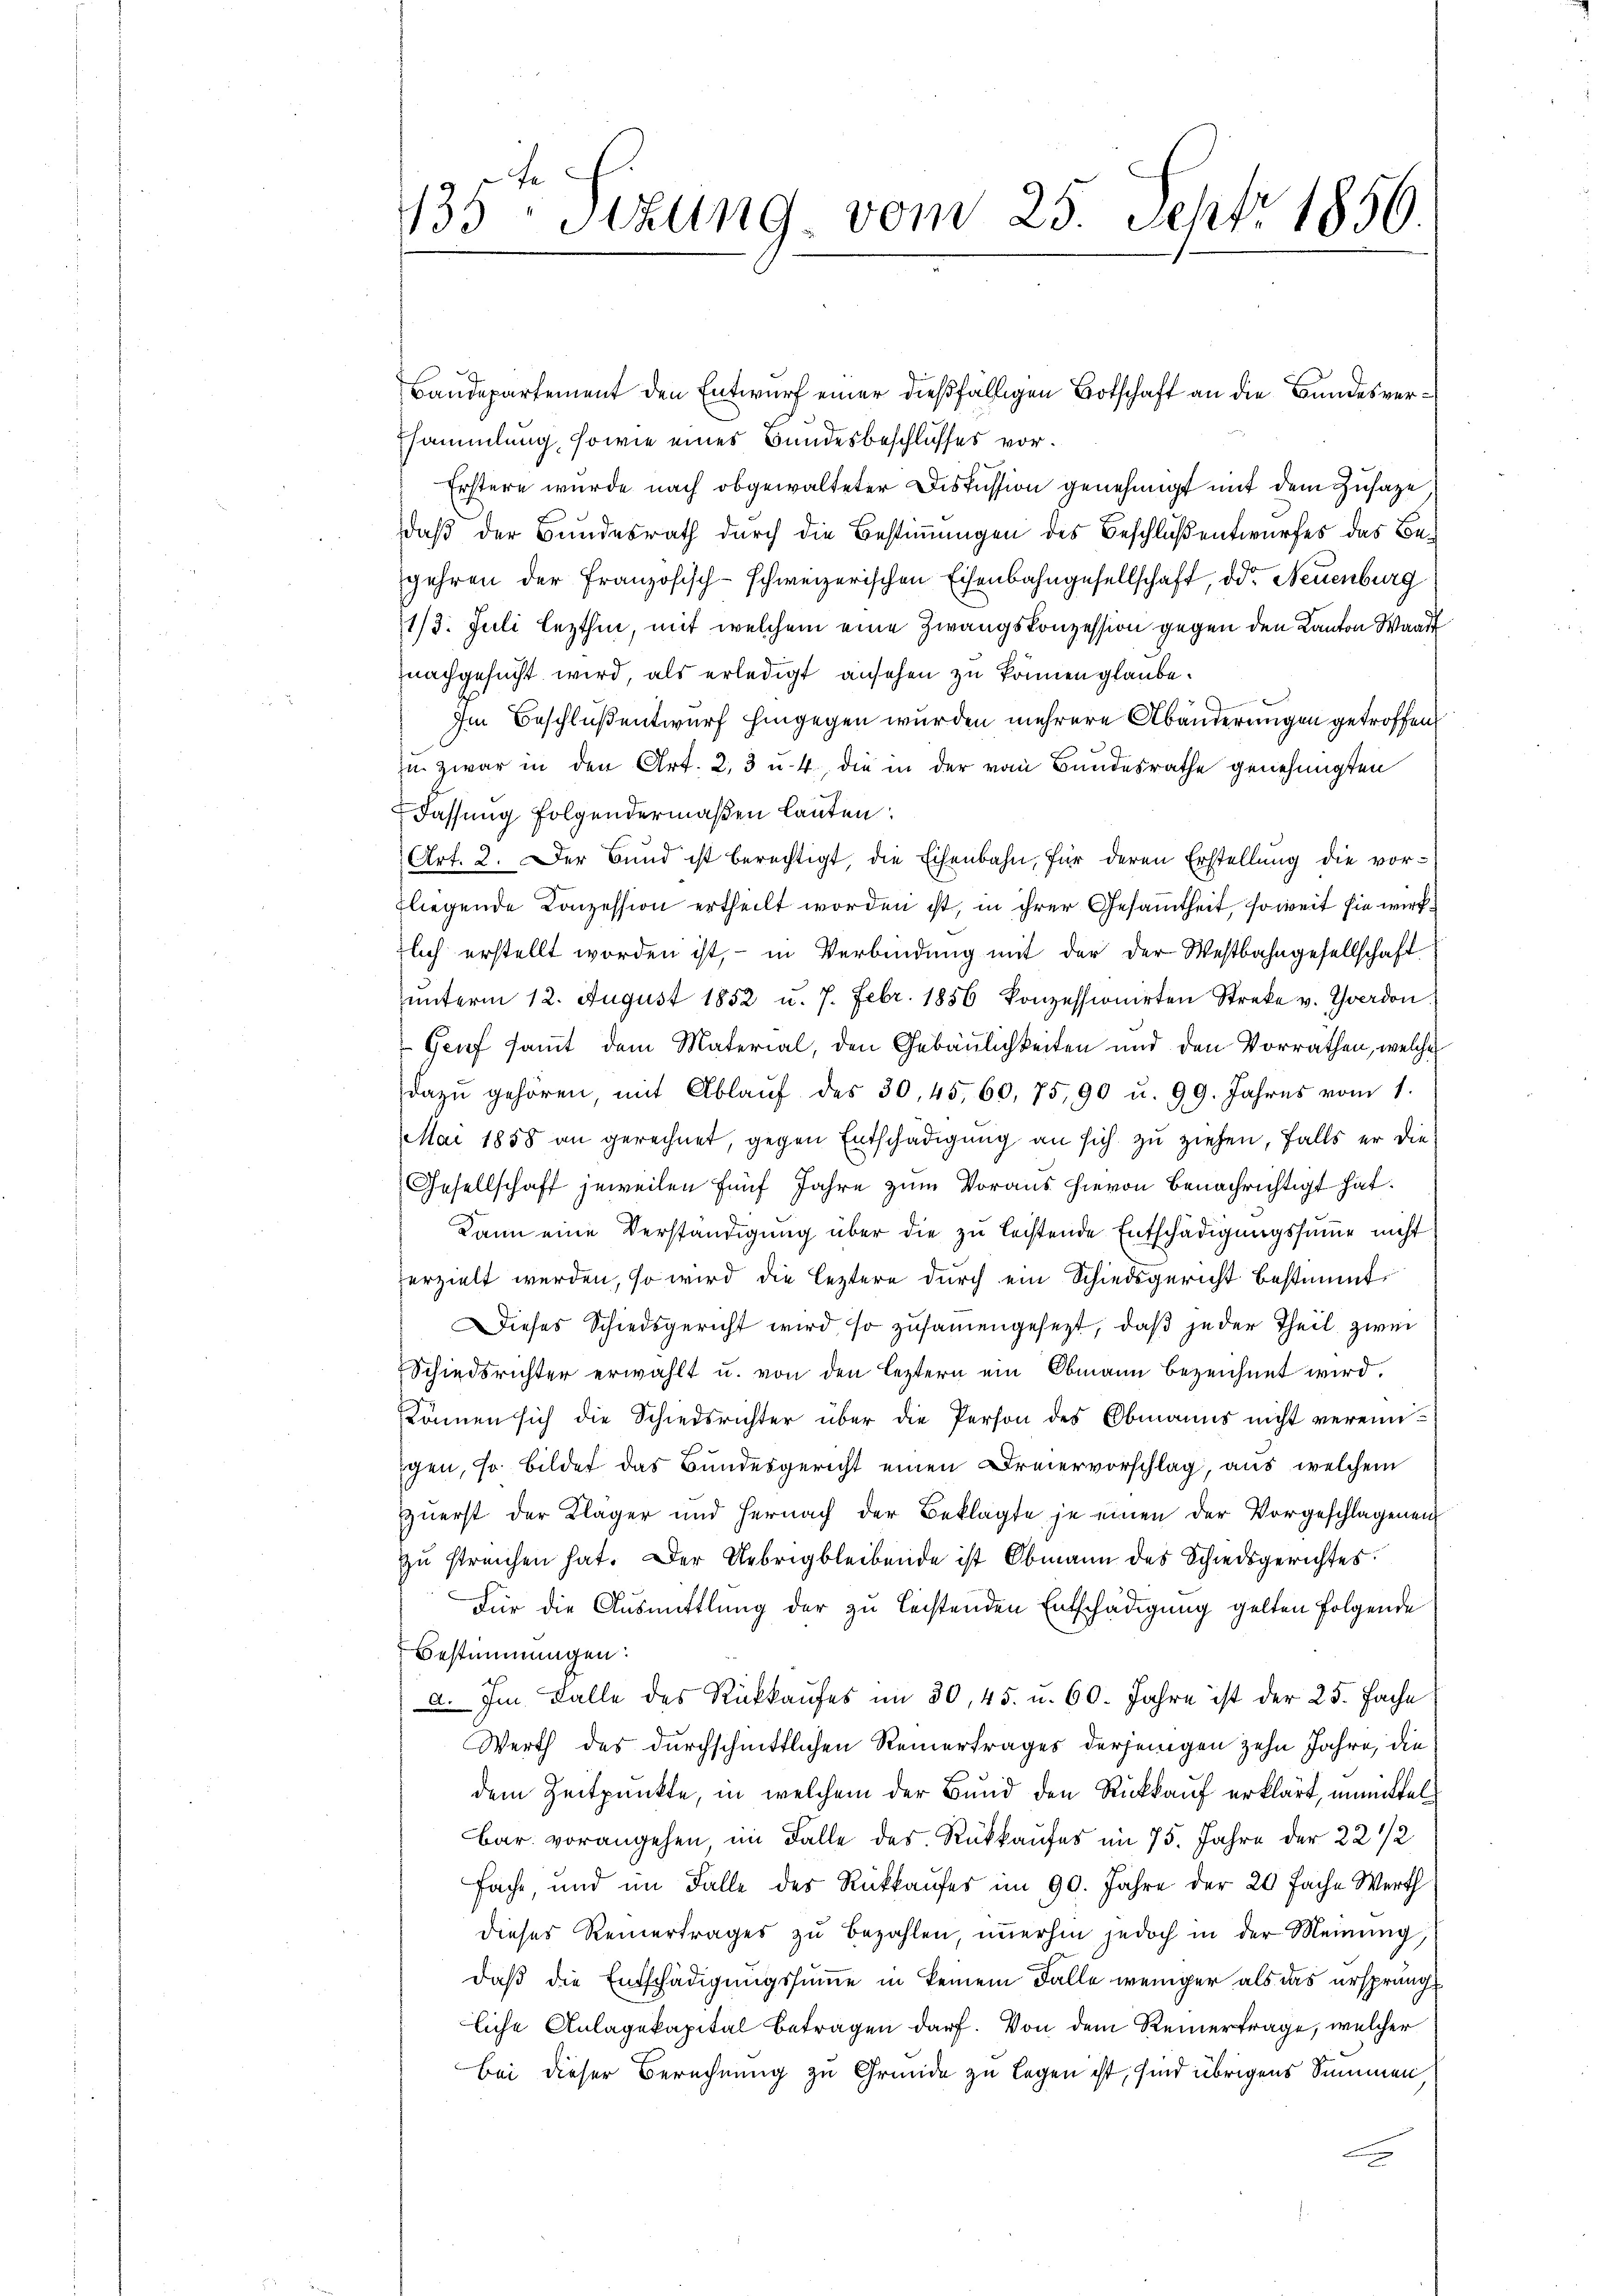
135 Stzung, vom 25. Sept 1856.

Baudepartement den Entwurf einer dießfälligen Botschaft an die Bundesversammlung, sowie eines Bundesbeschlusses vor.
Erstere wurde nach obgewalteter Diskussion genehmigt mit dem Zusage
daß der Bundesrath durch die Bestimmungen des Beschluß entwurfes das Begehren der Französisch-schweizerischen Eisenbahngesellschaft, oder Neuenburg
1/3. Juli lezthin, mit welchem eine Zwangskonzession gegen den Kanton Waadt
nachgesucht wird, als erledigt ansehen zu können glaube.
Im Beschluß entwurf hingegen wurden mehrere Abänderungen getroffen,
zu zwar in den Art. 2, 3 u. 4, die in der vom Bundesrathe genehmigten
Fassung folgendermaßen lauten:
Art. 2. Der Bund ist berechtigt, die Eisenbahn, für deren Erstellung die vor-
fliegende Conzession ertheilt worden ist, in ihrer Gesamtheit, so weit sie wirk
tlich erstellt worden ist, – in Verbindung mit der der Westbahngesellschaft
unterm 12. August 1852 u. 7. Febr. 1856 konzessionirten Streke v. Yverdon
Geif sammt dem Material, den Gebäulichkeiten und den Vorräthen, welche
dazŭ gehören, mit Ablaŭf des 30, 45, 60, 75, 90 u. 99. Jahres vom 1.
Mai 1858 an gerechnet, gegen Entschädigung an sich zu ziehen, falls er die
Gesellschaft jeweilen fünf Jahre zum Voraus hievon benachrichtigt hat.
Kann eine Verständigung über die zu leistende Entschädigungssumme nicht
zerzielt werden, so wird die leztere durch ein Schiedsgericht bestimmt,
Dieses Schiedsgericht wird, so zusammengesezt, daβ jeder Theil zwei
Schiedsrichter erwählt u. von den leztern ein Obmann bezeichnet wird.
können sich die Schiedsrichter über die Person des Obmanns nicht vereiniigen, so bildet das Bundesgericht einen Dreiervorschlag, aus welchem
zuerst der Kläger und hernach der Beklagte je einen der Vorgeschlagenen
zŭ streichen hat. Der Uebrig bleibende ist Obmann des Schiedsgerichtes.
Für die Ausmittlung der zu leistenden Entschädigung gelten Folgende
Bestimmungen:
a. Im Falle des Rückkaufes im 30, 45. u. 60. Jahre ist der 25. Fache
Werth des durchschnittlichen Reinertrages derjenigen zehn Jahre, die
dem Zeitpunkte, in welchem der Bund den Rückkauf erklärt, unmittel¬
Bar. vorangehen im Falle des Rückkaufes im 75. Jahre der 22 1/2
fache und im Falle des Rückkaufes im 90. Jahre der 20 fache Werth
dieses Reinertrages zŭ bezahlen, iṁerhin jedoch in der Meinung,
daß die Entschädigungssumme in keinem Falle weniger als das ursprung
liche Anlagekapital betragen darf. Von dem Reinertrage, welcher
Bei dieser Berechnung zu Gründe zu legen ist, sind übrigens Summen